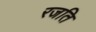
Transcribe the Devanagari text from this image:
रजति